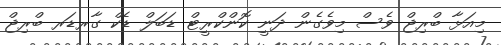
މިއަޅާ ބްރިޖް ވެސް މިވެގެން ދަނީ ކޮންކްރީޓް ޑަބަލް ޑެކް ގާރޑަރ ބްރިޖް